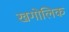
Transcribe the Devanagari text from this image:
खगोलिक